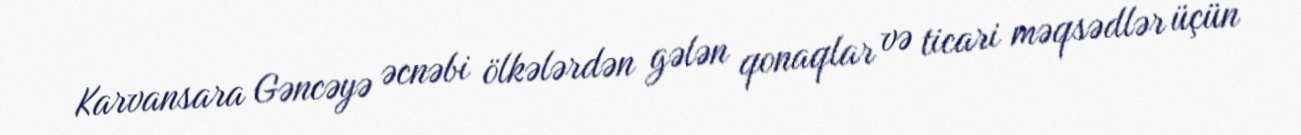
Karvansara Gəncəyə əcnəbi ölkələrdən gələn qonaqlar və ticari məqsədlər üçün